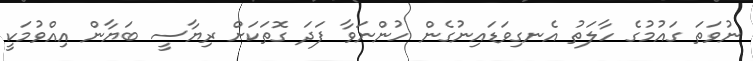
ނުވަތަ ގައުމުގެ ހާލަތު އެނގިވަޑައިނުގެން ހުންނަވާ ފަދަ ގޮތަކަށް ރިޔާސީ ބަޔާން އިއްވުމަކީ